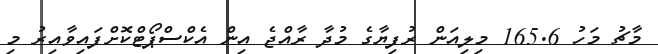
މާޗު މަހު 165.6 މިލިއަން ރުފިޔާގެ މުދާ ރާއްޖެ އިން އެކްސްޕޯޓްކޮށްފައިވާއިރު މި